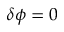
\delta \phi = 0